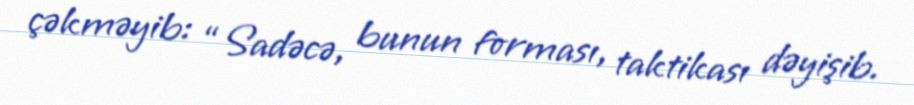
çəkməyib: “Sadəcə, bunun forması, taktikası dəyişib.